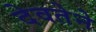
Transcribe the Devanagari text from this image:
देवतेने